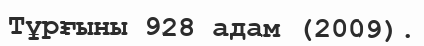
Тұрғыны 928 адам (2009).